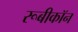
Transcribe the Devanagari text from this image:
रूबीकॉन